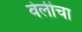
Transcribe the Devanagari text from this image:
वेलीचा